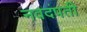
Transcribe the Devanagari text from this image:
नवदंपती